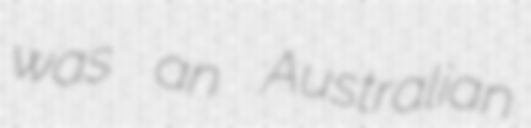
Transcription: was an Australian